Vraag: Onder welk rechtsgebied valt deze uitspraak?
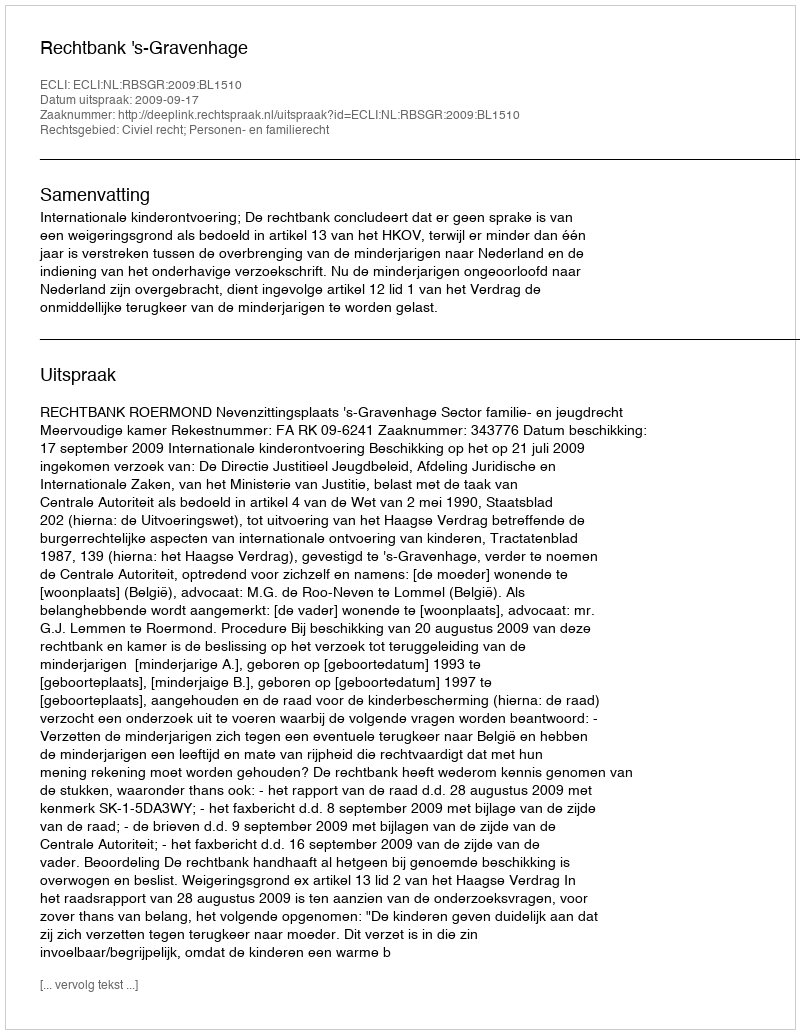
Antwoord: Civiel recht; Personen- en familierecht